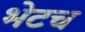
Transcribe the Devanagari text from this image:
भेटच